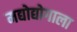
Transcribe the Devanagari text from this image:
मद्योद्योगाला